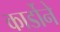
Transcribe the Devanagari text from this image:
कार्डोने